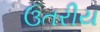
ઉતરીય